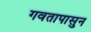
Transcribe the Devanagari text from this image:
गवतापासुन